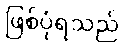
ဖြစ်ပုံရသည်